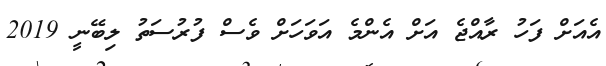
އެއަށް ފަހު ރާއްޖެ އަށް އެންމެ އަވަހަށް ވެސް ފުރުސަތު ލިބޭނީ 2019